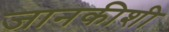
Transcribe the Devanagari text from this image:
जानकीशी